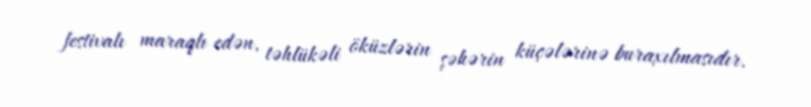
festivalı maraqlı edən, təhlükəli öküzlərin şəhərin küçələrinə buraxılmasıdır.